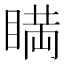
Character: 𥈞